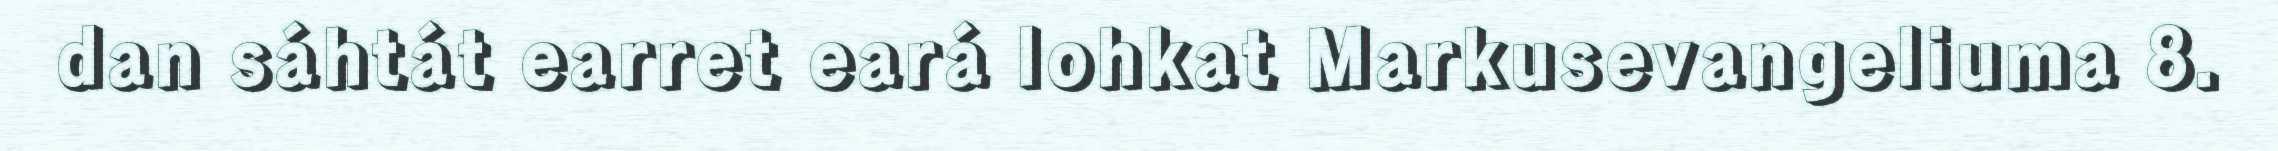
dan sáhtát earret eará lohkat Markusevangeliuma 8.